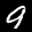
Label: 9